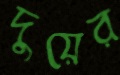
দুয়ের